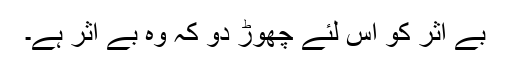
بے اثر کو اس لئے چھوڑ دو کہ وہ بے اثر ہے۔